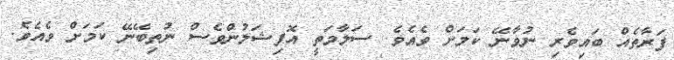
ފަރާތެއް ބައިވެރި ނުވާނޭ ކަމަށް ވެއެވެ. ސަލާމަތީ އޮފިޝަލުންވެސް ނުތިބޭނޭ ކަމަށް ވެއެވެ.